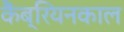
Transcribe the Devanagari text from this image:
कैंब्रियनकाल